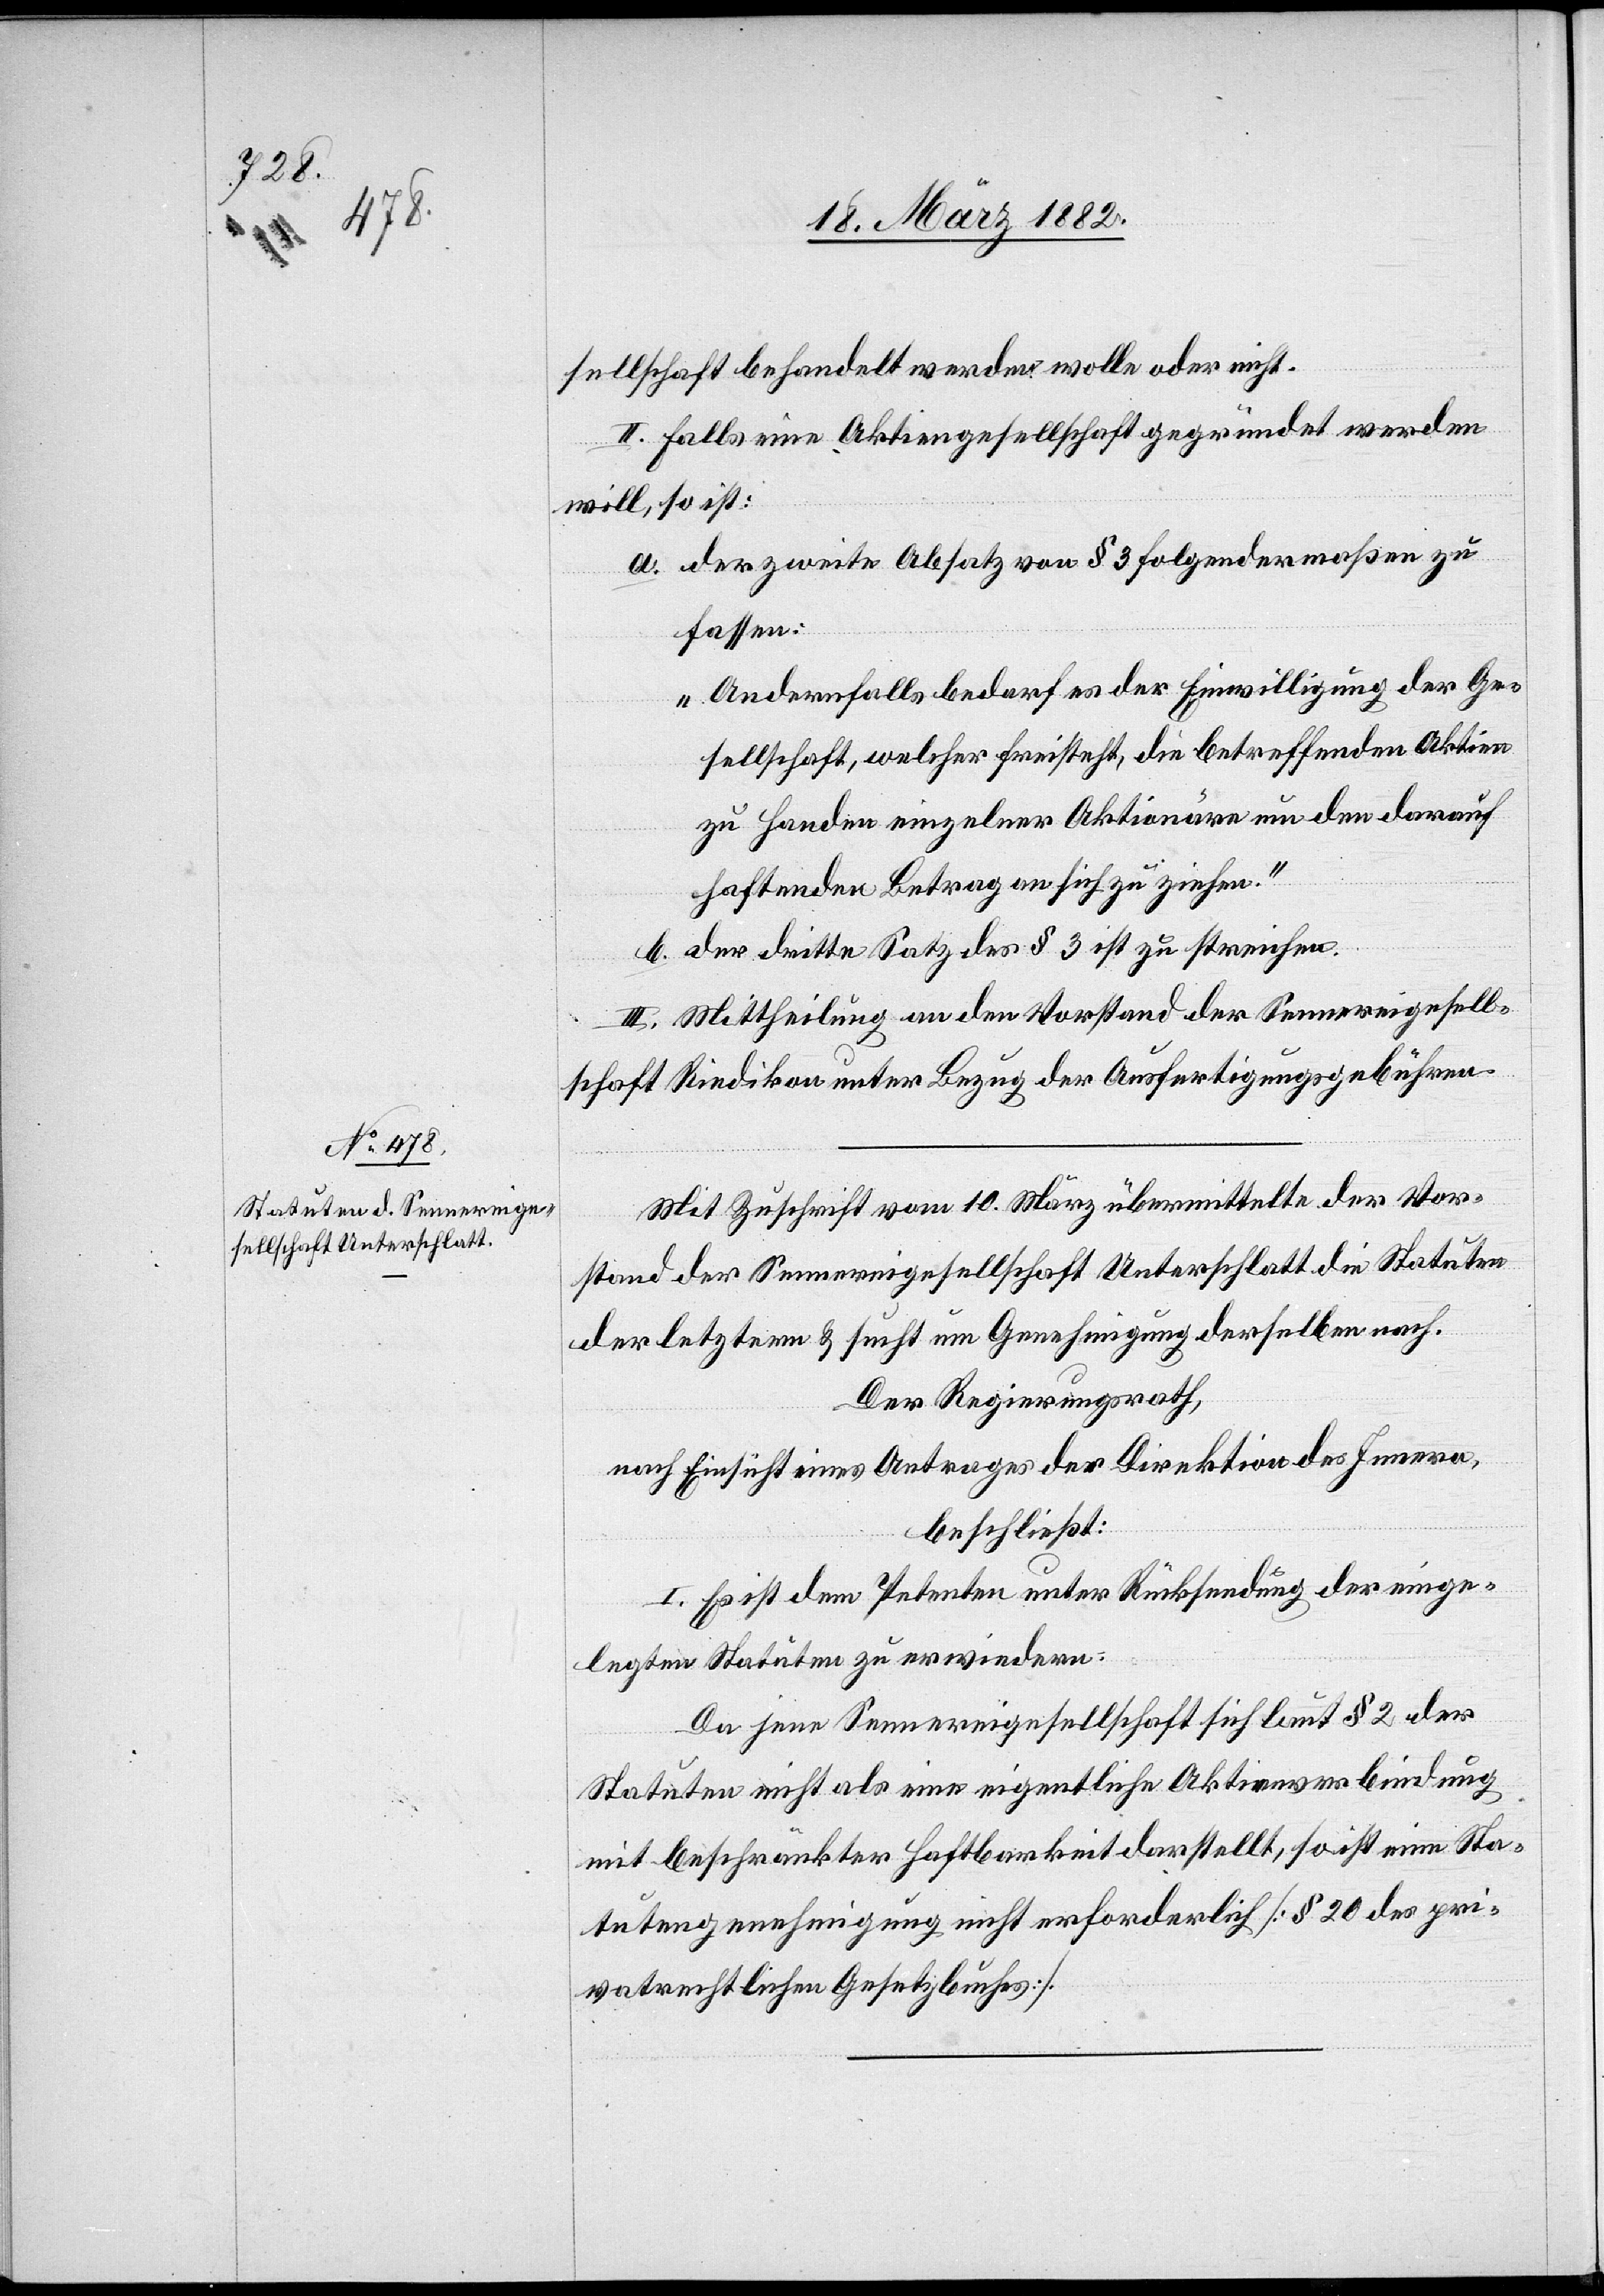
sellschaft behandelt werden wolle oder nicht.
II. Falls eine Aktiengesellschaft gegründet werden
will, so ist:
a. der zweite Absatz von § 3 folgendermaßen zu
fassen:
„Andernfalls bedarf es der Einwilligung der Ge¬
sellschaft, welcher freisteht, die betreffenden Aktien
zu Handen einzelner Aktionäre um den dadurch
haftenden Betrag an sich zu ziehen.“
b. der dritte Satz des § 3 ist zu streichen.
II. Mittheilung an den Vorstand der Sennereigesell¬
schaft Riedikon unter Bezug der Ausfertigungsgebühren.
Mit Zuschrift vom 10. März übermittelte der Vor¬
stand der Sennereigesellschaft Unterschlatt die Statuten
der letztern & sucht um Genehmigung derselben nach.
Der Regierungsrath,
nach Einsicht eins Antrages der Direktion des Innern,
beschließt:
I. Es ist dem Petenten unter Rücksendung der einge¬
legten Statuten zu erwiedern:
Da jene Sennereigesellschaft sich laut § 2 der
Statuten nicht als eine eigentliche Aktienverbindung
mit beschränkter Haftbarkeit darstellt, so ist eine Sta¬
tutengenehmigung nicht erforderlich [§ 20 des pri¬
vatrechtlichen Gesetzesbuches].